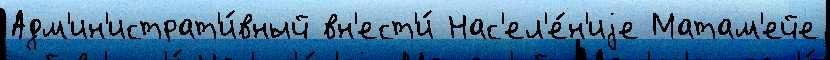
Адм'ин'истрат'и́вный вн'ест'и́ Нас'ел'е́н'иjе Матам'ейе